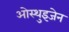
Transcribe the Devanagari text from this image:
ओस्थुइजेन